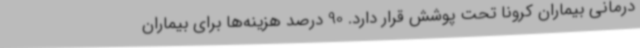
درمانی بیماران کرونا تحت پوشش قرار دارد. 90 درصد هزینه‌ها برای بیماران